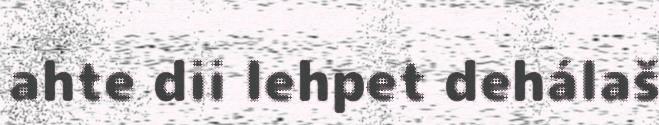
ahte dii lehpet dehálaš